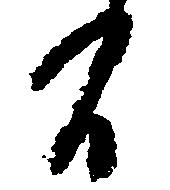
間